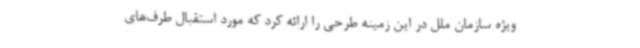
ویژه سازمان ملل در این زمینه طرحی را ارائه کرد که مورد استقبال طرف‌های